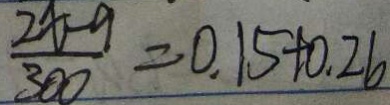
\frac { 2 x - 9 } { 3 0 0 } = 0 . 1 5 + 0 . 2 6